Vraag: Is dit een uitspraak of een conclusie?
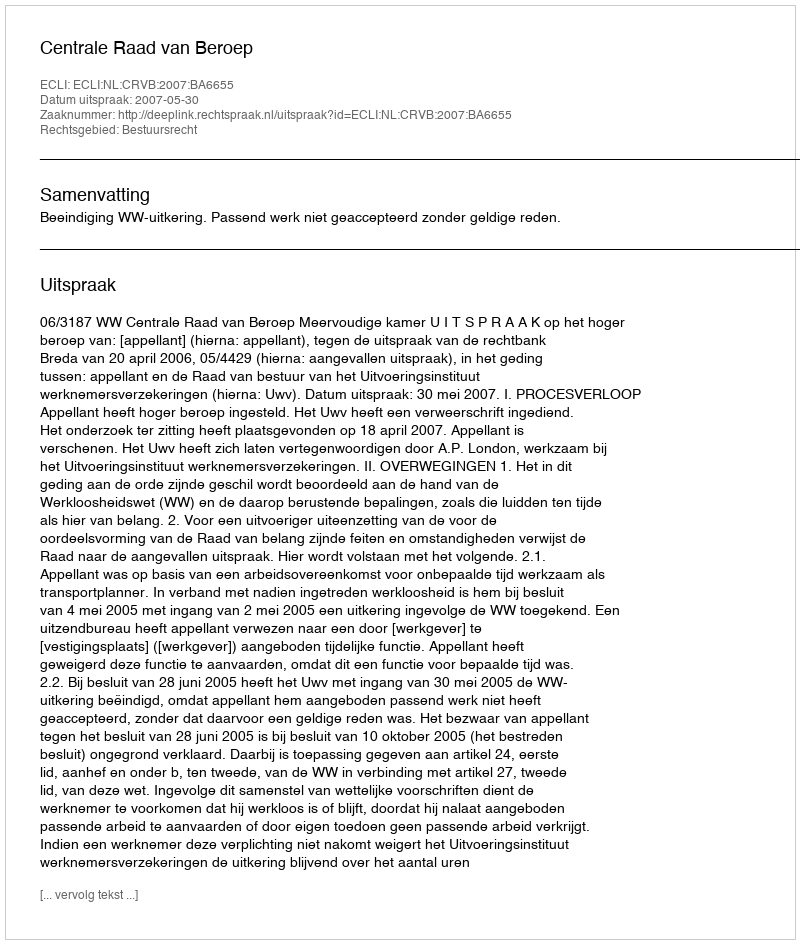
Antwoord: Uitspraak